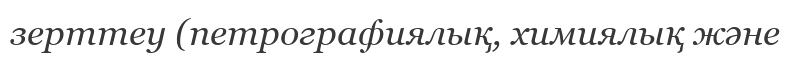
зерттеу (петрографиялық, химиялық және